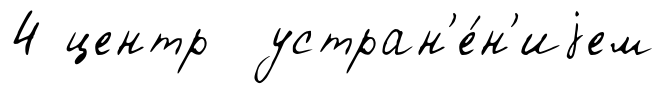
4 центр устран'е́н'иjем